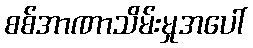
စစ်အာဏာသိမ်းမှုအပေါ်